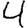
Digit: 4